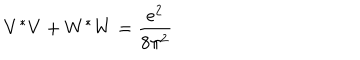
V ^ { * } V + W ^ { * } W = \frac { e ^ { 2 } } { 8 \pi ^ { 2 } }